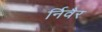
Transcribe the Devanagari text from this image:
र्निवैर